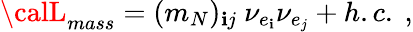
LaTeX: {\calL}_{mass}=(m_{N})_{\mathbf{i}j}~{\nu}_{e_{\mathbf{i}}}{\nu}_{e_{j}}+h.c.~,